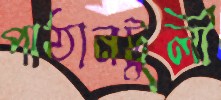
পাঠানটুলী